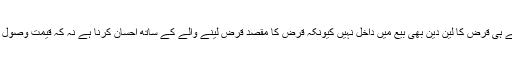
ایسے ہی قرض کا لین دین بھی بیع میں داخل نہیں کیونکہ قرض کا مقصد قرض لینے والے کے ساتھ احسان کرنا ہے نہ کہ قیمت وصول پانا۔